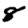
Digit: 8